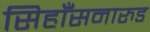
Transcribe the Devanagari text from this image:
सिहाँसनारुड